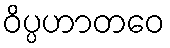
ဝိပ္ပဟာတဝေ